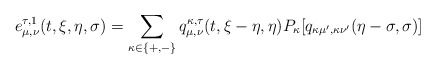
\begin{align*}e_{\mu, \nu}^{ \tau,1}(t,\xi,\eta,\sigma) = \sum_{\kappa\in\{+,-\}} q_{\mu, \nu}^{\kappa, \tau}(t,\xi-\eta, \eta) P_{\kappa}[q_{\kappa\mu',\kappa\nu'}(\eta-\sigma, \sigma)] \end{align*}